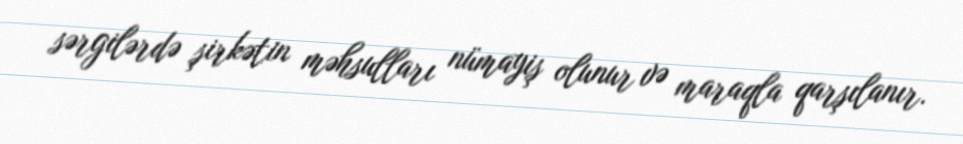
sərgilərdə şirkətin məhsulları nümayiş olunur və maraqla qarşılanır.